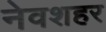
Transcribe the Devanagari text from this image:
नेवशहर